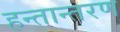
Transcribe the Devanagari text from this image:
हन्तान्तरण